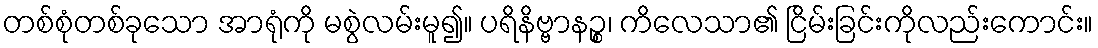
တစ်စုံတစ်ခုသော အာရုံကို မစွဲလမ်းမူ၍။ ပရိနိဗ္ဗာနဉ္စ၊ ကိလေသာ၏ ငြိမ်းခြင်းကိုလည်းကောင်း။